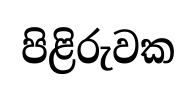
පිළිරුවක